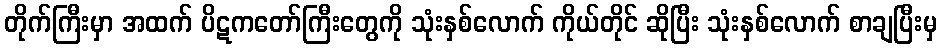
တိုက်ကြီးမှာ အထက် ပိဋကတော်ကြီးတွေကို သုံးနှစ်လောက် ကိုယ်တိုင် ဆိုပြီး သုံးနှစ်လောက် စာချပြီးမှ